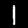
Label: 1